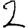
Digit: 2